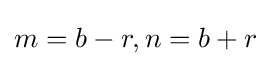
m=b-r,n=b+r